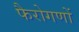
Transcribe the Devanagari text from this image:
फैरोगणों